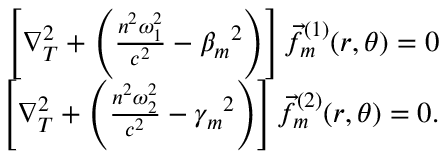
\begin{array} { r } { \left[ \nabla _ { T } ^ { 2 } + \left( \frac { n ^ { 2 } \omega _ { 1 } ^ { 2 } } { c ^ { 2 } } - { \beta _ { m } } ^ { 2 } \right) \right] \vec { f } _ { m } ^ { ( 1 ) } ( r , \theta ) = 0 } \\ { \left[ \nabla _ { T } ^ { 2 } + \left( \frac { n ^ { 2 } \omega _ { 2 } ^ { 2 } } { c ^ { 2 } } - { \gamma _ { m } } ^ { 2 } \right) \right] \vec { f } _ { m } ^ { ( 2 ) } ( r , \theta ) = 0 . } \end{array}